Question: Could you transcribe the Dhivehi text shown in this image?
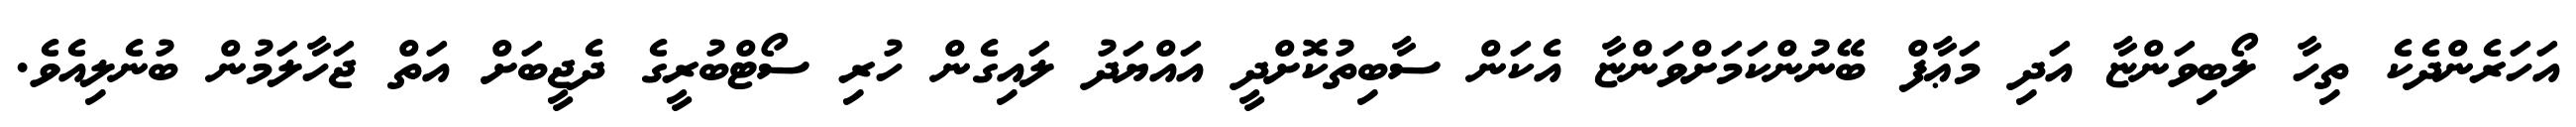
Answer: އަހަރެންދެކެ ތިހާ ލޯބިވަންޏާ އަދި މަޢާފް ބޭނުންކަމަށްވަންޏާ އެކަން ސާބިތުކޮށްދީ އައްޔަދު ލައިގެން ހުރި ސޯޓްބުރީގެ ދެޖީބަށް އަތް ޖަހާލަމުން ބުނެލިއެވެ.